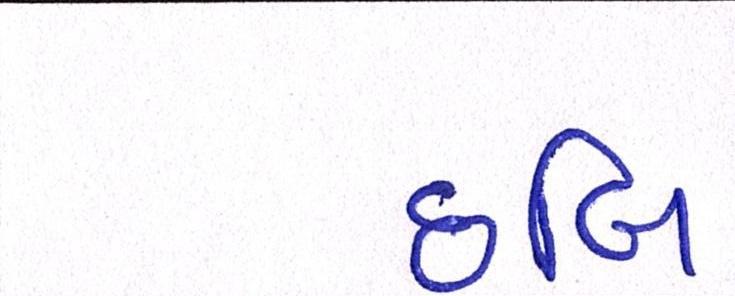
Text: છબિ